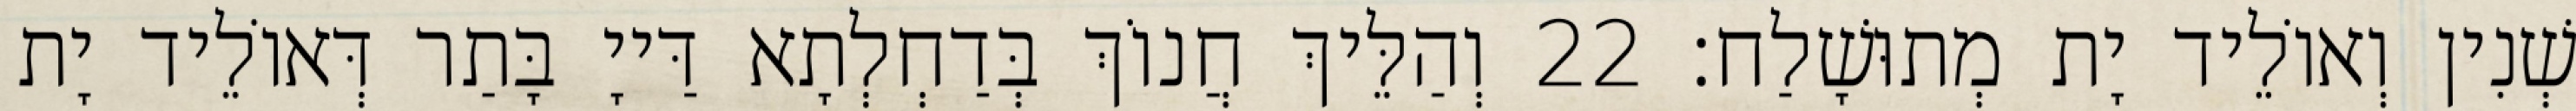
שְׁנִין וְאוֹלֵיד יָת מְתוּשָׁלַח׃ 22 וְהַלֵּיךְ חֲנוֹךְ בְּדַחְלְתָא דַּייָ בָּתַר דְּאוֹלֵיד יָת